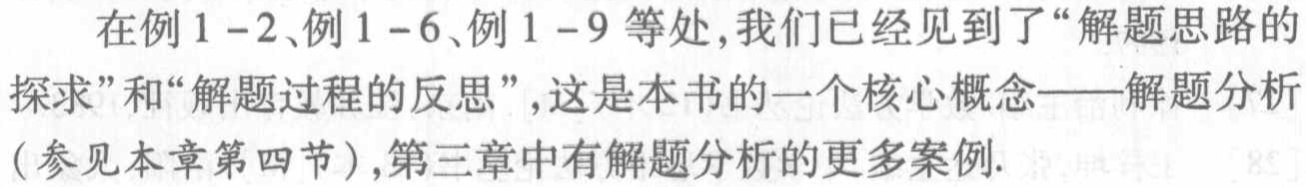
在例1--2、例1--6、例1--9等处,我们已经见到了“解题思路的探求”和“解题过程的反思”,这是本书的一个核心概念——解题分析（参见本章第四节）,第三章中有解题分析的更多案例.